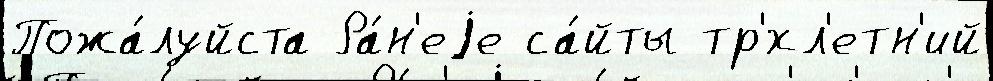
Пожа́луйста Ра́н'еjе са́йты тр'́хл'етн'ий